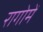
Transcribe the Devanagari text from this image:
रागोमें